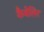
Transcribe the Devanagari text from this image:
कैवेलिर